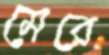
মেরে